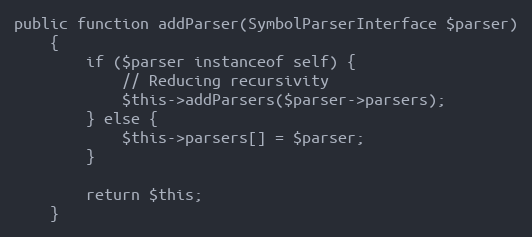
Language: PHP
public function addParser(SymbolParserInterface $parser)
    {
        if ($parser instanceof self) {
            // Reducing recursivity
            $this->addParsers($parser->parsers);
        } else {
            $this->parsers[] = $parser;
        }

        return $this;
    }